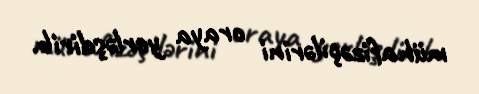
mühafizəçilərini oraya yerləşdirib.